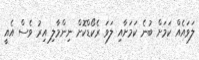
ލަވައެއް ކަމަށް ބުނެ ކަމަށާއި ލަވަ ރެކޯޑްކޮށް ނިންމާލި އިރު ވެސް އެއީ